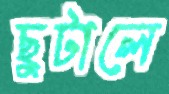
ছুটালে